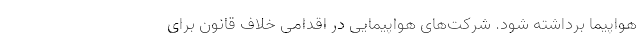
هواپیما برداشته شود. شرکت‌های هواپیمایی در اقدامی خلاف قانون برای